Annual report of the Punjab Veterinary College and of the Civil Veterinary Department, Punjab - 1894-1908
Year: 1894
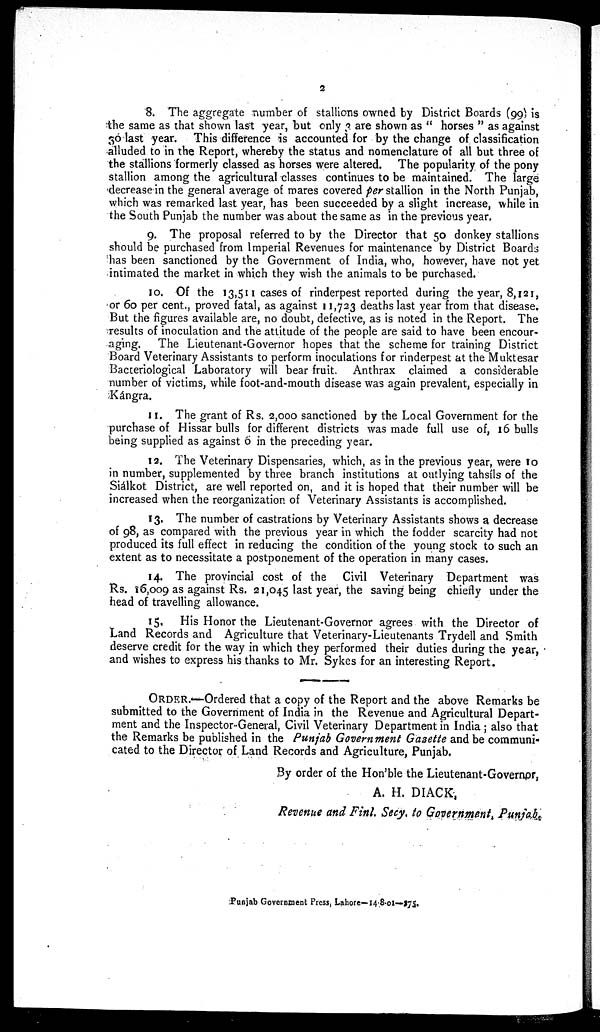
2
8. The aggregate number of stallions owned by District Boards (99) is
the same as that shown last year, but only 3 are shown as "horses" as against
30 last year. This difference is accounted for by the change of classification
alluded to in the Report, whereby the status and nomenclature of all but three of
the stallions formerly classed as horses were altered. The popularity of the pony
stallion among the agricultural classes continues to be maintained. The large
decrease in the general average of mares covered per stallion in the North Punjab,
which was remarked last year, has been succeeded by a slight increase, while in
the South Punjab the number was about the same as in the previous year.
9. The proposal referred to by the Director that 50 donkey stallions
should be purchased from Imperial Revenues for maintenance by District Boards
has been sanctioned by the Government of India, who, however, have not yet
intimated the market in which they wish the animals to be purchased.
10. Of the 13,511 cases of rinderpest reported during the year, 8,121,
or 60 per cent., proved fatal, as against 11,723 deaths last year from that disease.
But the figures available are, no doubt, defective, as is noted in the Report. The
results of inoculation and the attitude of the people are said to have been encour-
aging. The Lieutenant-Governor hopes that the scheme for training District
Board Veterinary Assistants to perform inoculations for rinderpest at the Muktesar
Bacteriological Laboratory will bear fruit. Anthrax claimed a considerable
number of victims, while foot-and-mouth disease was again prevalent, especially in
Kángra.
11. The grant of Rs. 2,000 sanctioned by the Local Government for the
purchase of Hissar bulls for different districts was made full use of, 16 bulls
being supplied as against o in the preceding year.
12. The Veterinary Dispensaries, which, as in the previous year, were 10
in number, supplemented by three branch institutions at outlying tahsíls of the
Siálkot District, are well reported on, and it is hoped that their number will be
increased when the reorganization of Veterinary Assistants is accomplished.
13. The number of castrations by Veterinary Assistants shows a decrease
of 98, as compared with the previous year in which the fodder scarcity had not
produced its full effect in reducing the condition of the young stock to such an
extent as to necessitate a postponement of the operation in many cases.
14. The provincial cost of the Civil Veterinary Department was
Rs. 16,009 as against Rs. 21,045 last year, the saving being chiefly under the
head of travelling allowance.
15. His Honor the Lieutenant-Governor agrees with the Director of
Land Records and Agriculture that Veterinary-Lieutenants Trydell and Smith
deserve credit for the way in which they performed their duties during the year,
and wishes to express his thanks to Mr. Sykes for an interesting Report.
ORDER.—Ordered that a copy of the Report and the above Remarks be
submitted to the Government of India in the Revenue and Agricultural Depart-
ment and the Inspector-General, Civil Veterinary Department in India; also that
the Remarks be published in the Punjab Government Gazette and be communi-
cated to the Director of Land Records and Agriculture, Punjab.
By order of the Hon'ble the Lieutenant-Governor,
A. H. DIACK,
Revenue and Finl. Secy, to Government, Punjab.
Punjab Government Press, Lahore—14-8-01—375.